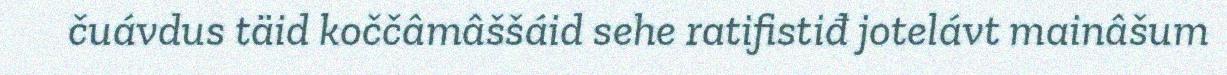
čuávdus täid koččâmâššáid sehe ratifistiđ jotelávt mainâšum